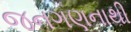
જનગણનાથી